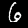
Digit: 6